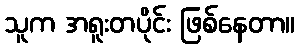
သူက အရူးတပိုင်း ဖြစ်နေတာ။